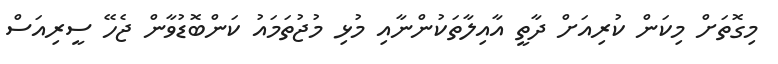
މިގޮތަށް މިކަން ކުރިއަށް ދާތީ އާއިލާތަކުންނާއި މުޅި މުޖުތަމައު ކަންބޮޑުވާން ޖެހޭ ސީރިއަސް